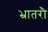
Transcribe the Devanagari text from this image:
भ्रातरौ